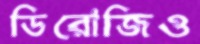
ডিরোজিও